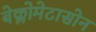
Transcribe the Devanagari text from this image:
बेक्लोमेटासोन